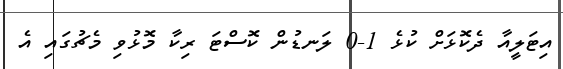
އިޓަލީއާ ދެކޮޅަށް ކުޅެ 1-0 ލަނޑުން ކޮސްޓަ ރިކާ މޮޅުވި މެޗުގައި އެ